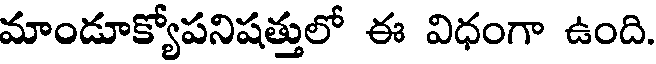
మాండూక్యోపనిషత్తులో ఈ విధంగా ఉంది.